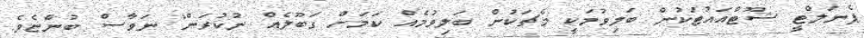
ޕެނަލްޓީ ޝޫޓްއައުޓަކުން ބަލިވުމަކީ މެޗަކުން ބަލިވުމެއް ކަމަށް ގަބޫލެއް ނުކުރަން" ނަވާސް ބުންޏެވެ.